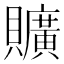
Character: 𧸼